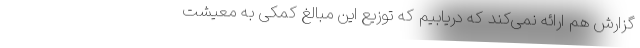
گزارش هم ارائه نمی‌کند که دریابیم که توزیع این مبالغ کمکی به معیشت